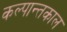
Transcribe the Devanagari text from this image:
कल्पान्तकाल